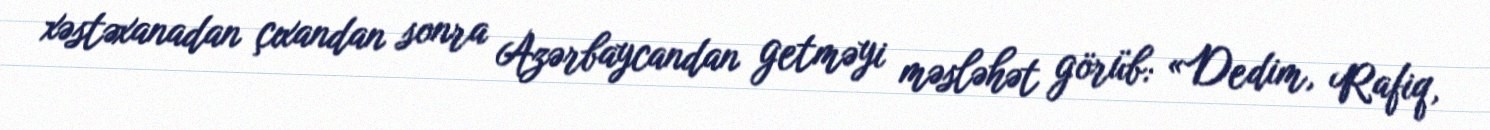
xəstəxanadan çıxandan sonra Azərbaycandan getməyi məsləhət görüb: «Dedim, Rafiq,